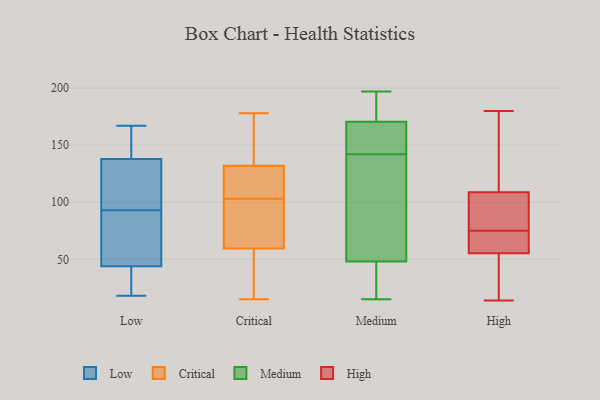
{"axis": {"x": "Bounce Rate (%)", "y": "Value"}, "legend": ["Critical", "High", "Low", "Medium"], "data": [{"x": "", "y": 164, "type": "Low"}, {"x": "", "y": 88, "type": "Low"}, {"x": "", "y": 136, "type": "Low"}, {"x": "", "y": 88, "type": "Low"}, {"x": "", "y": 19, "type": "Low"}, {"x": "", "y": 120, "type": "Low"}, {"x": "", "y": 33, "type": "Low"}, {"x": "", "y": 140, "type": "Low"}, {"x": "", "y": 97, "type": "Low"}, {"x": "", "y": 89, "type": "Low"}, {"x": "", "y": 167, "type": "Low"}, {"x": "", "y": 114, "type": "Low"}, {"x": "", "y": 45, "type": "Low"}, {"x": "", "y": 28, "type": "Low"}, {"x": "", "y": 141, "type": "Low"}, {"x": "", "y": 63, "type": "Low"}, {"x": "", "y": 160, "type": "Low"}, {"x": "", "y": 43, "type": "Low"}, {"x": "", "y": 127, "type": "Low"}, {"x": "", "y": 18, "type": "Low"}, {"x": "", "y": 40, "type": "Critical"}, {"x": "", "y": 171, "type": "Critical"}, {"x": "", "y": 86, "type": "Critical"}, {"x": "", "y": 15, "type": "Critical"}, {"x": "", "y": 107, "type": "Critical"}, {"x": "", "y": 36, "type": "Critical"}, {"x": "", "y": 133, "type": "Critical"}, {"x": "", "y": 104, "type": "Critical"}, {"x": "", "y": 89, "type": "Critical"}, {"x": "", "y": 116, "type": "Critical"}, {"x": "", "y": 59, "type": "Critical"}, {"x": "", "y": 96, "type": "Critical"}, {"x": "", "y": 129, "type": "Critical"}, {"x": "", "y": 131, "type": "Critical"}, {"x": "", "y": 23, "type": "Critical"}, {"x": "", "y": 60, "type": "Critical"}, {"x": "", "y": 141, "type": "Critical"}, {"x": "", "y": 145, "type": "Critical"}, {"x": "", "y": 178, "type": "Critical"}, {"x": "", "y": 102, "type": "Critical"}, {"x": "", "y": 135, "type": "Medium"}, {"x": "", "y": 15, "type": "Medium"}, {"x": "", "y": 167, "type": "Medium"}, {"x": "", "y": 174, "type": "Medium"}, {"x": "", "y": 197, "type": "Medium"}, {"x": "", "y": 62, "type": "Medium"}, {"x": "", "y": 45, "type": "Medium"}, {"x": "", "y": 51, "type": "Medium"}, {"x": "", "y": 196, "type": "Medium"}, {"x": "", "y": 149, "type": "Medium"}, {"x": "", "y": 36, "type": "Medium"}, {"x": "", "y": 150, "type": "Medium"}, {"x": "", "y": 180, "type": "High"}, {"x": "", "y": 72, "type": "High"}, {"x": "", "y": 91, "type": "High"}, {"x": "", "y": 21, "type": "High"}, {"x": "", "y": 168, "type": "High"}, {"x": "", "y": 91, "type": "High"}, {"x": "", "y": 47, "type": "High"}, {"x": "", "y": 58, "type": "High"}, {"x": "", "y": 66, "type": "High"}, {"x": "", "y": 35, "type": "High"}, {"x": "", "y": 14, "type": "High"}, {"x": "", "y": 106, "type": "High"}, {"x": "", "y": 117, "type": "High"}, {"x": "", "y": 66, "type": "High"}, {"x": "", "y": 75, "type": "High"}, {"x": "", "y": 78, "type": "High"}, {"x": "", "y": 119, "type": "High"}]}